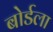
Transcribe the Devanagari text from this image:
बोर्डला